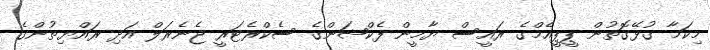
މިކަމާ ގުޅޭގޮތުން ޕީޕީއެމްގެ ރައީސް ޔާމީން ފެކްޝަންގެ ސެކްރެޓަރީ ޖެނެރަލް އަދި ރައްޔިތުންގެ